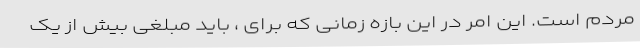
مردم است. این امر در این بازه زمانی که برای ، باید مبلغی بیش از یک